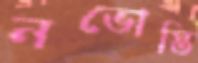
নভোস্তি